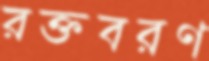
রক্তবরণ